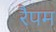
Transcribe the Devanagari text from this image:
रैपम